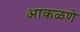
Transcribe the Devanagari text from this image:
आकळणे